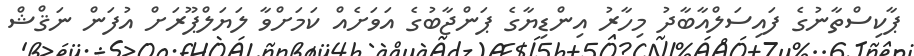
ޕާކިސްތާނުގެ ފައިސަލްއާބާދު މިހާރު އިންޑިޔާގެ ޕަންޖާބުގެ އަވަށެއް ކަމަށްވާ ލަޔަލްޕޫރަށް އުފަން ނަޤްޝް